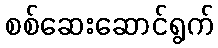
စစ်ဆေးဆောင်ရွက်